Civil Veterinary Dept. North-West Frontier Province 1933-46 - 1933-1946
Year: 1933
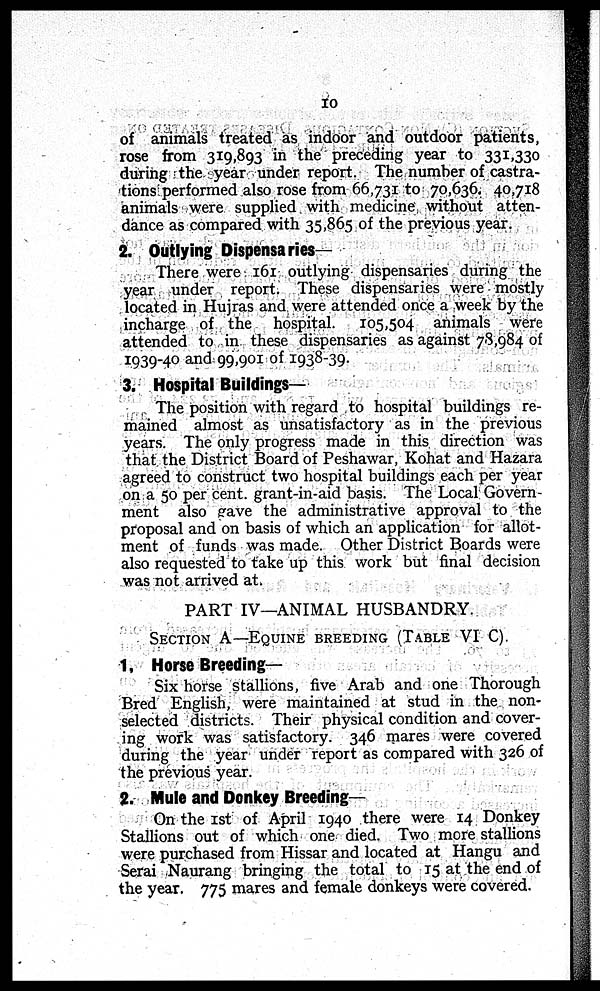
10
of animals treated as indoor and outdoor patients,
rose from 319,893 in the preceding year to 331,330
during the year under report. The number of castra-
tions performed also rose from 66,731 to 70,636. 40,718
animals were supplied with medicine without atten-
dance as compared with 35,865 of the previous year.
2. Outlying Dispensaries—
There were 161 outlying dispensaries during the
year under report. These dispensaries were mostly
located in Hujras and were attended once a week by the
incharge of the hospital. 105,504 animals were
attended to in these dispensaries as against 78,984 of
1939-40 and 99,901 of 1938-39.
3. Hospital Buildings—
The position with regard to hospital buildings re-
mained almost as unsatisfactory as in the previous
years. The only progress made in this direction was
that the District Board of Peshawar, Kohat and Hazara
agreed to construct two hospital buildings each per year
on a 50 per cent. grant-in-aid basis. The Local Govern-
ment also gave the administrative approval to the
proposal and on basis of which an application for allot-
ment of funds was made. Other District Boards were
also requested to take up this work but final decision
was not arrived at.
PART IV—ANIMAL HUSBANDRY.
SECTION A—EQUINE BREEDING (TABLE VI C).
1. Horse Breeding—
Six horse stallions, five Arab and one Thorough
Bred English, were maintained at stud in the non-
selected districts. Their physical condition and cover-
ing work was satisfactory. 346 mares were covered
during the year under report as compared with 326 of
the previous year.
2. Mule and Donkey Breeding—
On the 1st of April 1940 there were 14 Donkey
Stallions out of which one died. Two more stallions
were purchased from Hissar and located at Hangu and
Serai Naurang bringing the total to 15 at the end of
the year. 775 mares and female donkeys were covered.